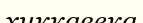
хиккавека